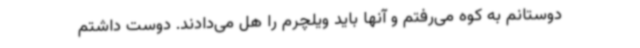
دوستانم به کوه می‌رفتم و آنها باید ویلچرم را هل می‌دادند. دوست داشتم